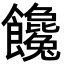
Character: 饞